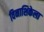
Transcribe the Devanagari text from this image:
विनाशिकेला